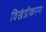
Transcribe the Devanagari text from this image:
विखंडीकरण